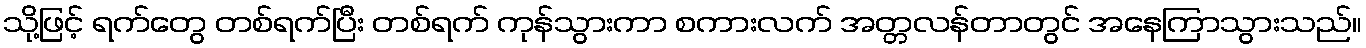
သို့ဖြင့် ရက်တွေ တစ်ရက်ပြီး တစ်ရက် ကုန်သွားကာ စကားလက် အတ္တလန်တာတွင် အနေကြာသွားသည်။